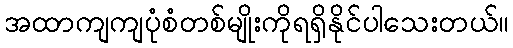
အထာကျကျပုံစံတစ်မျိုးကိုရရှိနိုင်ပါသေးတယ်။